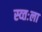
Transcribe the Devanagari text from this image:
स्व्तःला